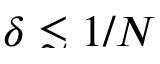
\smash { \delta \lesssim 1 / N }